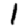
Digit: 1